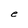
Character: e